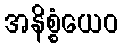
အနိစ္စံယေဝ